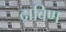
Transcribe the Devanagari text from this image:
द्राविण